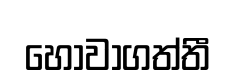
හොවාගත්තී